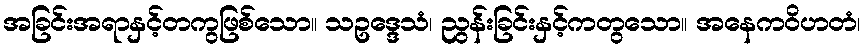
အခြင်းအရာနှင့်တကွဖြစ်သော။ သဥဒ္ဒေသံ၊ ညွန်းခြင်းနှင့်ကတွသော။ အနေကဝိဟတံ၊